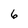
Character: 6